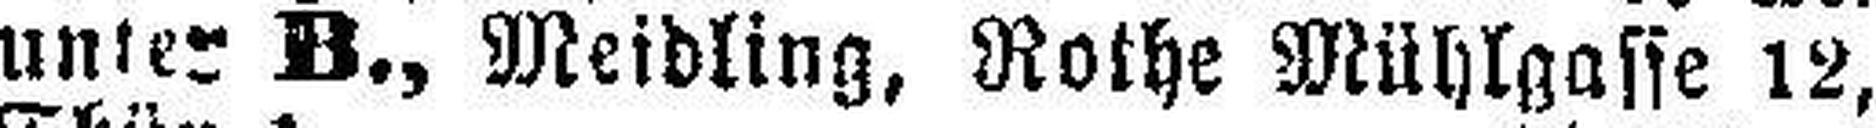
unter B., Meidling, Rothe Mühlgasse 12,